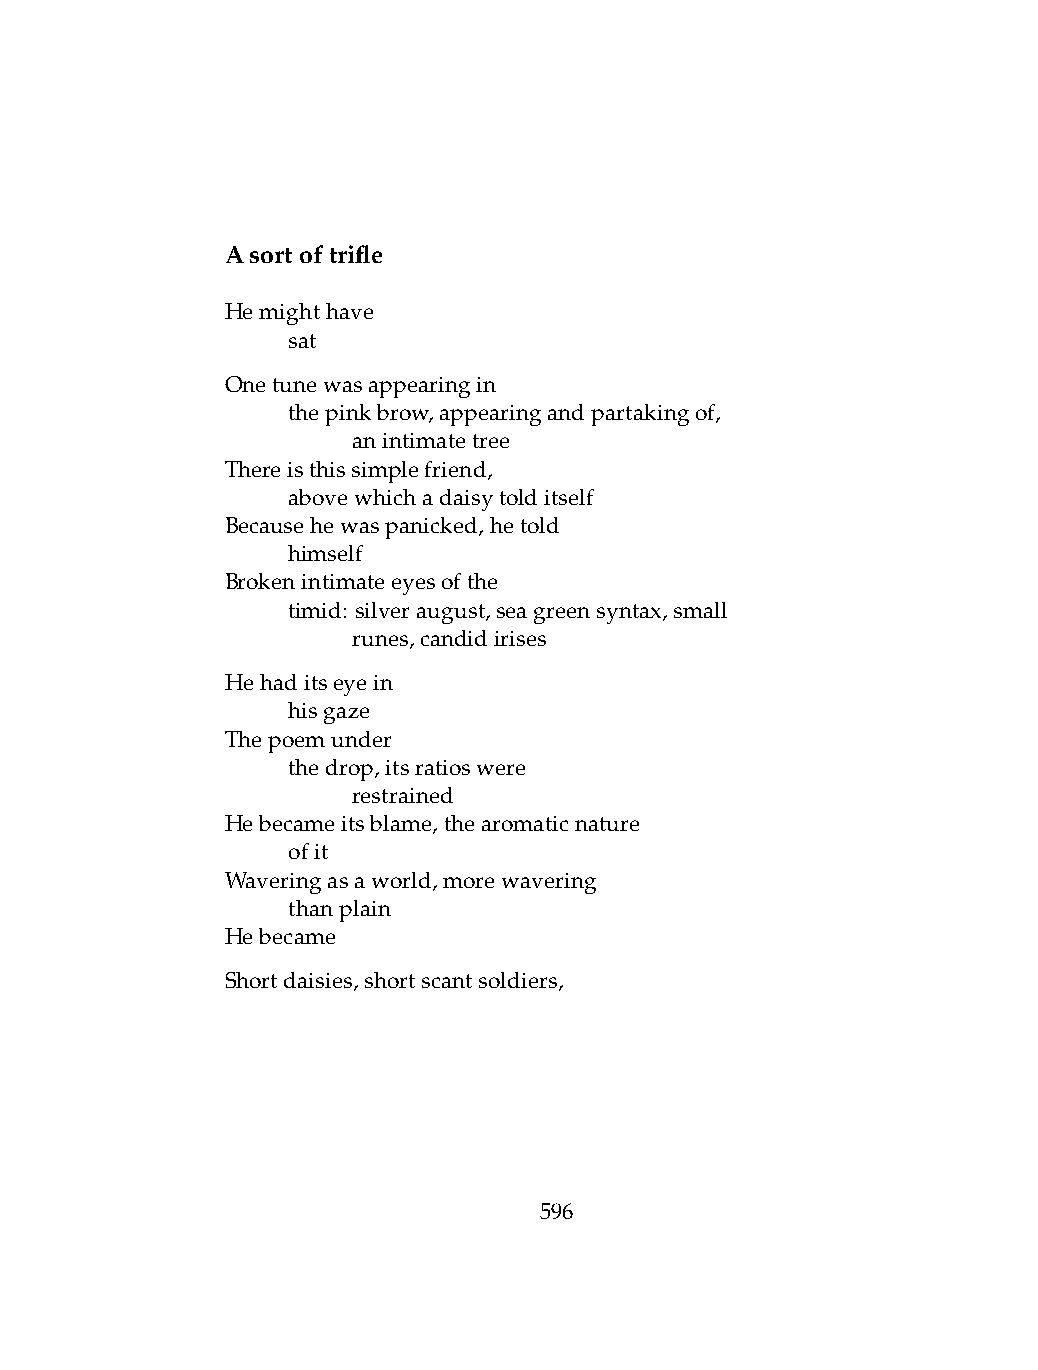
Asortoftrifle
 Hemighthave
 .   sat
 Onetunewasappearingin
 .   thepinkbrow,appearingandpartakingof,
 .   .   anintimatetree
 Thereisthissimplefriend,
 .   abovewhichadaisytolditself
 Becausehewaspanicked,hetold
 .   himself
 Brokenintimateeyesofthe
 .   timid: silveraugust,seagreensyntax,small
 .   .   runes,candidirises
 Hehaditseyein
 .   hisgaze
 Thepoemunder
 .   thedrop,itsratioswere
 .   .   restrained
 Hebecameitsblame,thearomaticnature
 .   ofit
 Waveringasaworld,morewavering
 .   thanplain
 Hebecame
 Shortdaisies,shortscantsoldiers,
 596